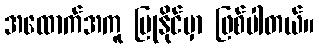
အထောက်အကူ ပြုနိုင်မှာ ဖြစ်ပါတယ်။